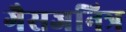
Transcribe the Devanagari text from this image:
गैसजनित्र